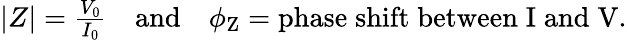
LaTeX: \begin{array}{r}{|Z|=\frac{V_{\mathrm{0}}}{I_{\mathrm{0}}}\quad\mathrm{and}\quad\phi_{\mathrm{Z}}=\mathrm{phase\; shift\; between\; I\; and\; V}.}\end{array}